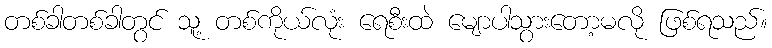
တစ်ခါတစ်ခါတွင် သူ့ တစ်ကိုယ်လုံး ရေစီးထဲ မျောပါသွားတော့မလို ဖြစ်ရသည်။